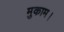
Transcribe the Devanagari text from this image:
मुकाम।